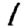
Digit: 1